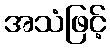
အသံဖြင့်